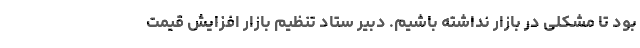
بود تا مشکلی در بازار نداشته باشیم. دبیر ستاد تنظیم بازار افزایش قیمت